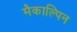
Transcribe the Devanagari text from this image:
मैकाल्पिन